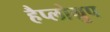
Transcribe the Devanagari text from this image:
हैप्लोग्रुप